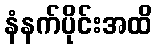
နံနက်ပိုင်းအထိ